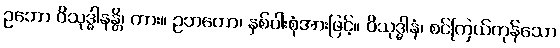
ဥဘော ဝိသုဒ္ဓါနန္တိ၊ ကား။ ဥဘတော၊ နှစ်ပါးစုံအားဖြင့်။ ဝိသုဒ္ဓါနံ၊ စင်ကြယ်ကုန်သော